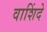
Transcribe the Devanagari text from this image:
वाशिंदे